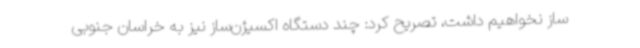
ساز نخواهیم داشت، تصریح کرد: چند دستگاه اکسیژن‌ساز نیز به خراسان جنوبی